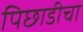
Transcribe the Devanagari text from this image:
पिछाडीचा